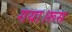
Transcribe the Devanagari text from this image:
गया।रूस